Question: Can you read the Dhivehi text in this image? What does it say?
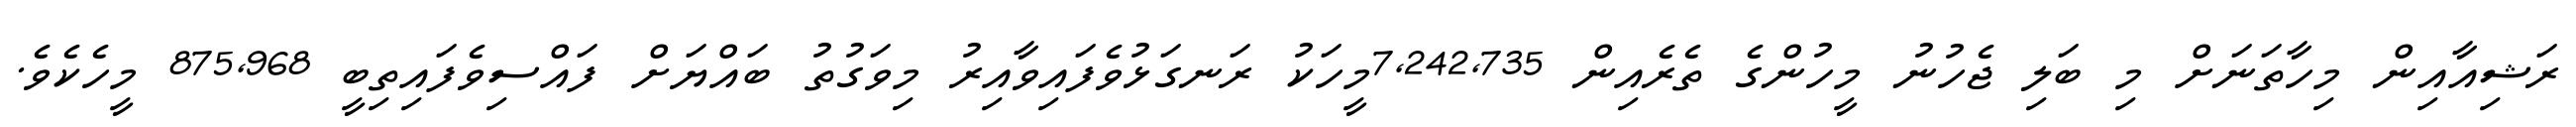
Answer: ރަޝިއާއިން މިހާތަނަށް މި ބަލި ޖެހުނު މީހުންގެ ތެރެއިން 7,242,735މީހަކު ރަނގަޅުވެފައިވާއިރު މިވަގުތު ބައްޔަށް ފައްސިވެފައިތިބީ 875,968 މީހެކެވެ.